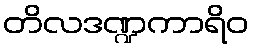
တိလဒဏ္ဍကာရိဝ